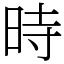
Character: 時